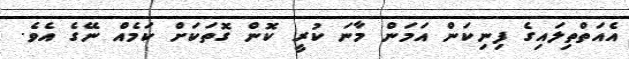
އެއަތްތިލައިގެ ފިނިކަން އަމަން މާނަ ކުރީ ކޮން ގޮތަކަށް ކަމެއް ނޭގެ އެވެ.